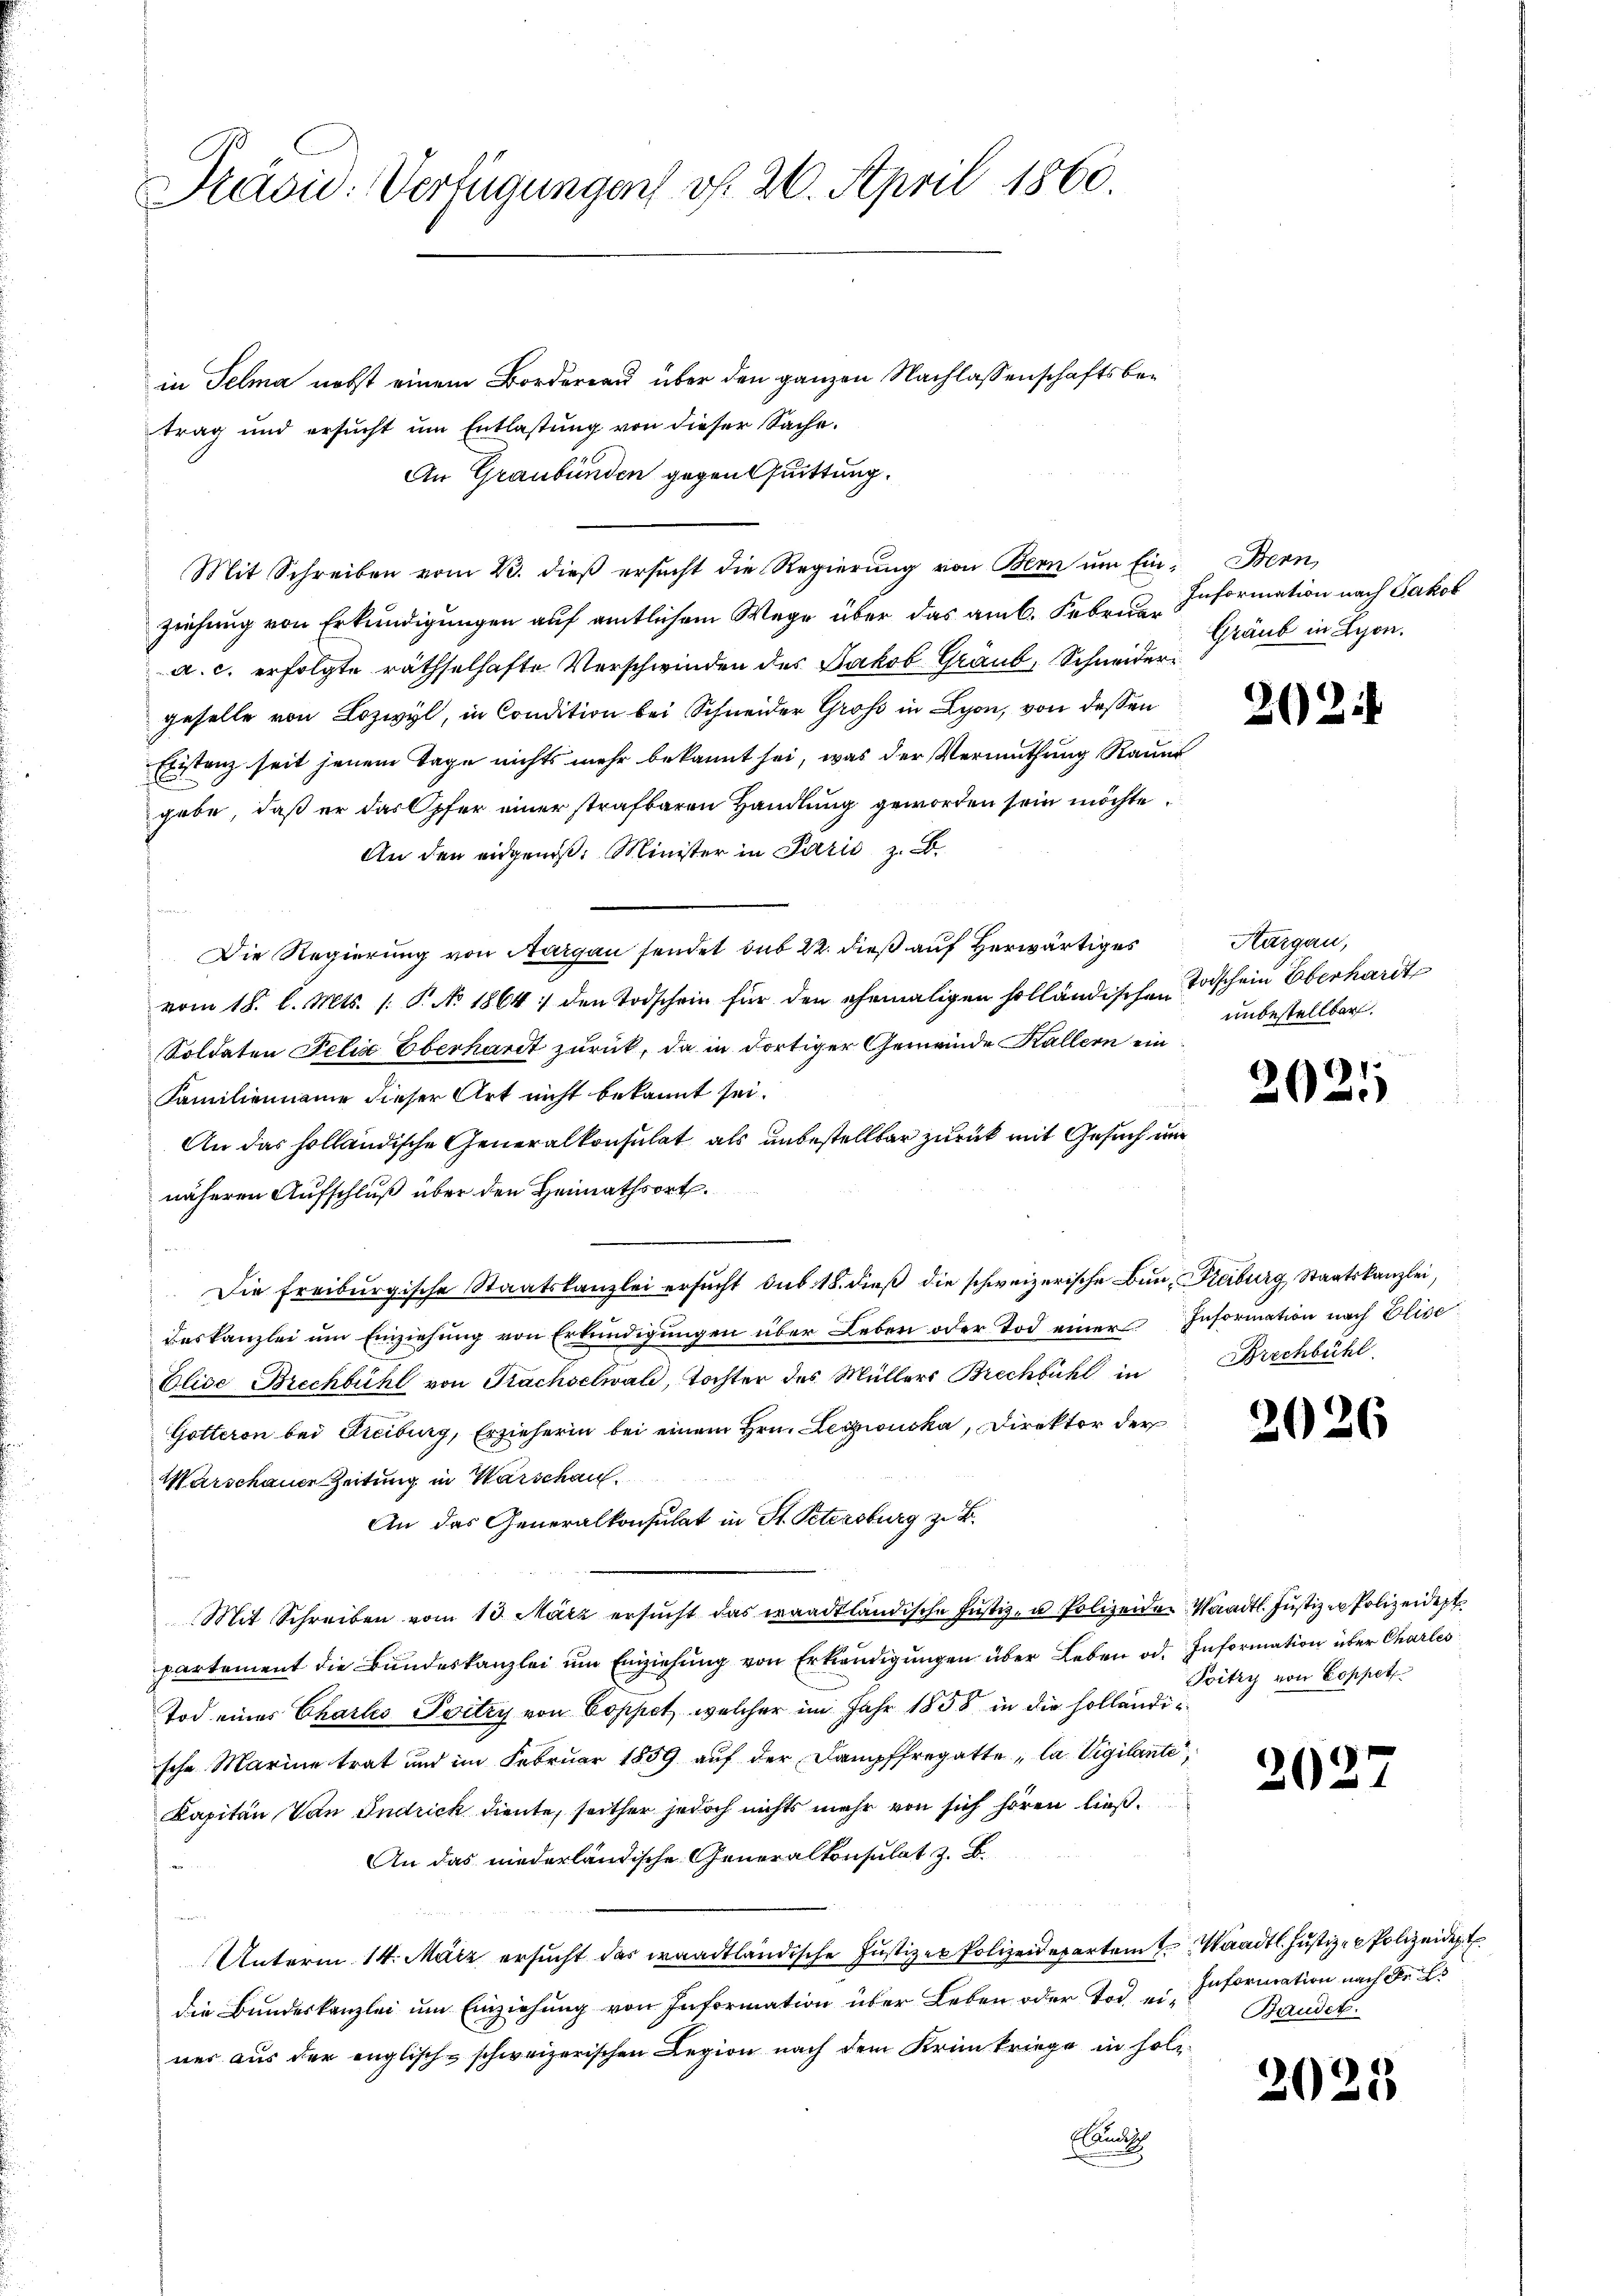
Präsid. Verfügung auf v. 26. April 1860.

in Telma nebst einem Bordereau über den ganzen Nachlassenschaftsbetrag und ersucht um Entlastung von dieser Sache.
An Graubünden gegen Quittung.
Mit Schreiben vom 23. dieβ ersŭcht die Regierŭng von Bern ŭm Ein Bern,
ziehung von Erkundigungen auf amtlichem Wege über das am 6. Febr. Information nach Jakob
a. c. erfolgte räthselhafte Verschwinden des Jakob Graub, Schneidergeselle von Lozwyl, in Condition bei Schneider Groß in Lyon, von dessen
Eristanz seit jenem Tage nichts mehr bekannt sei, was der Vermuthung Raunt
gabe, daß er das Opfer einer strafbaren Handlung geworden sein möchte.
An den eidgenoß: Minister in Perić z. B.
s
Die Regierung von Aargau sendet sub 22. dieß auf herwärtiges
vom 18. l. Mts. /: P. No. 1864 :/ den Todschein für den ehemaligen holländischen Todschein Oberhardt
Soldaten Felix Eberhardt zurück, da in dortiger Gemeinde Kallern ein
Familienname dieser Art nicht bekannt sei.
An das holländische Generalkonsulat als unbestellbar zurück mit Gesuch und
näheren Aufschluß über den Heimathsort.
.
Die freiburgische Staatskanzlei ersucht sub. 18. dieß die schweizerische Ban, Freiburg Staatskanzlei,
deskanzlei um Einziehung von Erkundigungen über Leben oder Tod einer Information nach Elise
Olice Brechbühl von Prachselwald, Tochter des Müllers Brechbühl in
Gotteron bei Freiburg, Erzieherin bei einem Hrn. Leszionska, Direktor der
Warschaue Zeitung in Warschau
An das Generalkonsulat in St. Petersburg zu B.
Mit Schreiben vom 13. März ersŭcht das waadtländische Justiz- u Polizeiden Waadt. Justizen Polizeidep
partement die Bundeskanzlei um Einziehung von Erkendigungen über Leben od. Information über Charles
Tod eines Chartes Poitzy von Coppet, welcher im Jahr 1858 in die holländische Marine trat und im Februar 1859 auf der Dampffregatte, la Vigilante,
Kapitän Von Indrick diente, seither jedoch nichts mehr von sich hören ließ.
An das niederländische Generalkonsulat z. B.
Unterm 14. März ersucht das waadtländische Justizer Polizeidepartem Waadt. Justiz- Polizeident
die Bundeskanzlei um Einziehung von Information über Leben oder Tod, einer aus der englisch-schweizerischen Legion nach dem Krimkriege in sol¬
Elandsch

Gräub in Lyon.

202.

Aargau,
unbestellten.

71
20

Brechbühl.

202

20.

s

Poitry von Coppet

Information nach der Er
Baudet.

2021